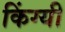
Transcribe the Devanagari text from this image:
किंग्यी